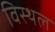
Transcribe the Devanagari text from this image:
विस्थल